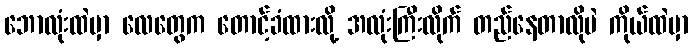
ဘောလုံးထဲမှာ လေတွေက တောင့်ခံထားလို့ အလုံးကြီးလိုက် တည်နေတာလိုပဲ ကိုယ်ထဲမှာ